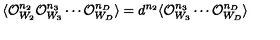
\langle { \cal O } _ { W _ { 2 } } ^ { n _ { 2 } } { \cal O } _ { W _ { 3 } } ^ { n _ { 3 } } \cdots { \cal O } _ { W _ { D } } ^ { n _ { D } } \rangle = d ^ { n _ { 2 } } \langle { \cal O } _ { W _ { 3 } } ^ { n _ { 3 } } \cdots { \cal O } _ { W _ { D } } ^ { n _ { D } } \rangle